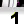
Digit: 1